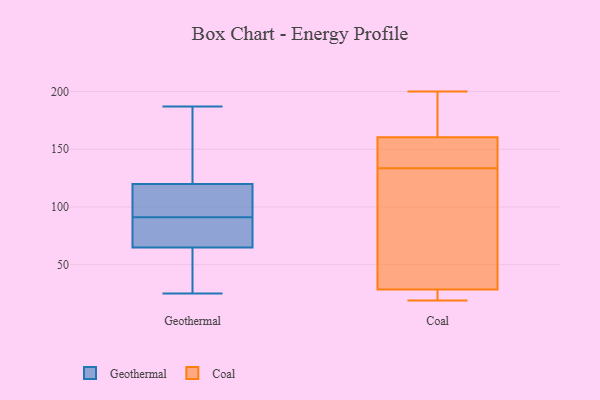
{"axis": {"x": "Latency (ms)", "y": "Value"}, "legend": ["Coal", "Geothermal"], "data": [{"x": "", "y": 120, "type": "Geothermal"}, {"x": "", "y": 27, "type": "Geothermal"}, {"x": "", "y": 99, "type": "Geothermal"}, {"x": "", "y": 125, "type": "Geothermal"}, {"x": "", "y": 147, "type": "Geothermal"}, {"x": "", "y": 104, "type": "Geothermal"}, {"x": "", "y": 64, "type": "Geothermal"}, {"x": "", "y": 25, "type": "Geothermal"}, {"x": "", "y": 120, "type": "Geothermal"}, {"x": "", "y": 54, "type": "Geothermal"}, {"x": "", "y": 87, "type": "Geothermal"}, {"x": "", "y": 67, "type": "Geothermal"}, {"x": "", "y": 76, "type": "Geothermal"}, {"x": "", "y": 91, "type": "Geothermal"}, {"x": "", "y": 187, "type": "Geothermal"}, {"x": "", "y": 23, "type": "Coal"}, {"x": "", "y": 145, "type": "Coal"}, {"x": "", "y": 159, "type": "Coal"}, {"x": "", "y": 162, "type": "Coal"}, {"x": "", "y": 164, "type": "Coal"}, {"x": "", "y": 122, "type": "Coal"}, {"x": "", "y": 200, "type": "Coal"}, {"x": "", "y": 28, "type": "Coal"}, {"x": "", "y": 19, "type": "Coal"}, {"x": "", "y": 100, "type": "Coal"}, {"x": "", "y": 29, "type": "Coal"}, {"x": "", "y": 148, "type": "Coal"}]}